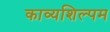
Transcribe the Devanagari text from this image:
काव्यशिल्पम